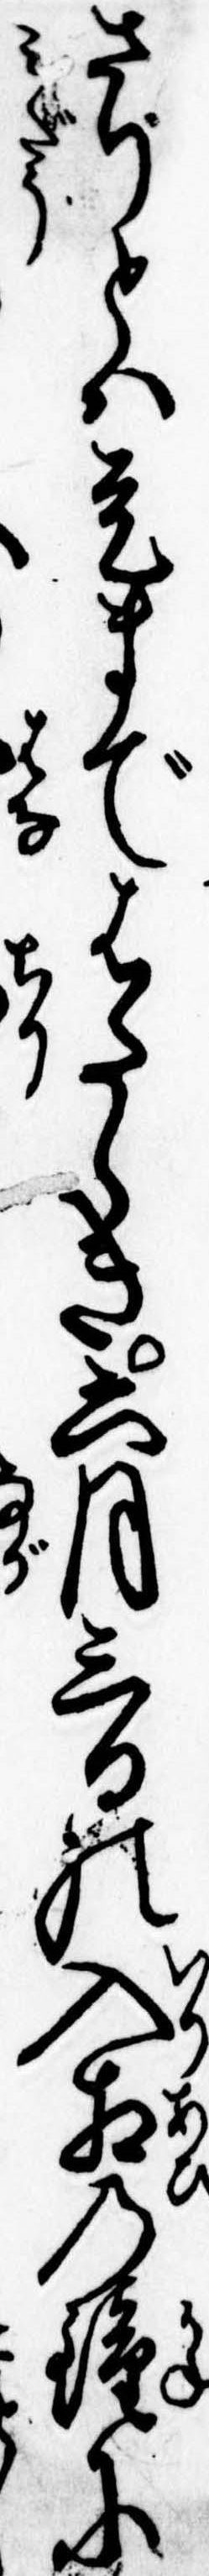
さりとは是まではたらき六月三日の入相の鐘に